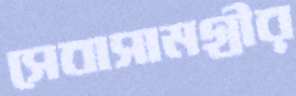
সেবাসামগ্রীর